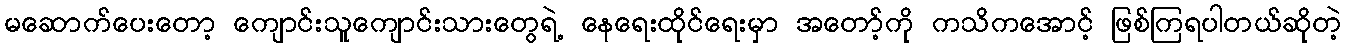
မဆောက်ပေးတော့ ကျောင်းသူကျောင်းသားတွေရဲ့ နေရေးထိုင်ရေးမှာ အတော့်ကို ကသိကအောင့် ဖြစ်ကြရပါတယ်ဆိုတဲ့